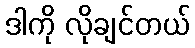
ဒါကို လိုချင်တယ်